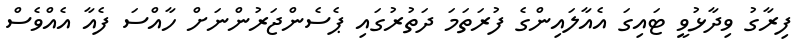
ފިރާގު ވިދާޅުވީ ޓައިގަ އެއާލައިންގެ ފުރަތަމަ ދަތުރުގައި ޕެސެންޖަރުންނަށް ހާއްސަ ފެއާ އެއްވެސް